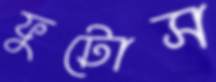
ফুটোস